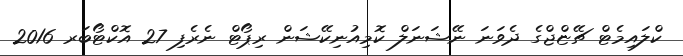
ކްލައިމެޓް ޗޭޏްޖްގެ ދެވަނަ ނޭޝަނަލް ކޮމިއުނިކޭޝަން ރިޕޯޓް ނެރެފި 27 އޮކްޓޯބަރ 2016